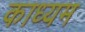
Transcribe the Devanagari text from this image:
काध्यम